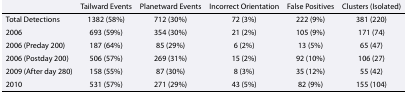
<table><thead><tr><td></td><td><b>Tailward Events</b></td><td><b>Planetward Events</b></td><td><b>Incorrect Orientation</b></td><td><b>False Positives</b></td><td><b>Clusters (Isolated)</b></td></tr></thead><tbody><tr><td>Total Detections</td><td>1382 (58%)</td><td>712 (30%)</td><td>72 (3%)</td><td>222 (9%)</td><td>381 (220)</td></tr><tr><td>2006</td><td>693 (59%)</td><td>354 (30%)</td><td>21 (2%)</td><td>105 (9%)</td><td>171 (74)</td></tr><tr><td>2006 (Preday 200)</td><td>187 (64%)</td><td>85 (29%)</td><td>6 (2%)</td><td>13 (5%)</td><td>65 (47)</td></tr><tr><td>2006 (Postday 200)</td><td>506 (57%)</td><td>269 (31%)</td><td>15 (2%)</td><td>92 (10%)</td><td>106 (27)</td></tr><tr><td>2009 (After day 280)</td><td>158 (55%)</td><td>87 (30%)</td><td>8 (3%)</td><td>35 (12%)</td><td>55 (42)</td></tr><tr><td>2010</td><td>531 (57%)</td><td>271 (29%)</td><td>43 (5%)</td><td>82 (9%)</td><td>155 (104)</td></tr></tbody></table>